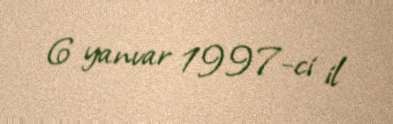
6 yanvar 1997-ci il